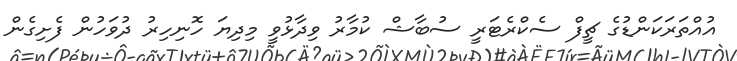
އުއްތަރަކަންޑުގެ ޗީފް ސެކްރެޓަރީ ސުބާޝް ކުމާރު ވިދާޅުވީ މިދިޔަ ހޮނިހިރު ދުވަހުން ފެށިގެން